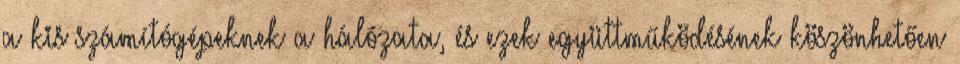
a kis számítógépeknek a hálózata, és ezek együttműködésének köszönhetően